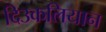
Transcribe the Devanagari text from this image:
दिउकलियान